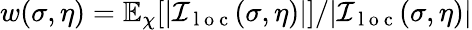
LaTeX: w(\sigma,\eta)=\mathbb{E}_{\chi}[|\mathcal{I}_{\mathrm{~l~o~c~}}(\sigma,\eta)|]/|\mathcal{I}_{\mathrm{~l~o~c~}}(\sigma,\eta)|